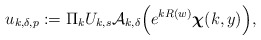
\begin{align*}u_{k,\delta,p}:=\Pi_kU_{k,s}\mathcal{A}_{k,\delta}\Bigl(e^{kR(w)}\boldsymbol{\chi}(k,y)\Bigr),\end{align*}